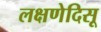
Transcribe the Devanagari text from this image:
लक्षणेदिसू